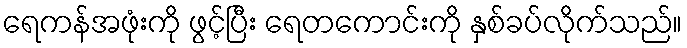
ရေကန်အဖုံးကို ဖွင့်ပြီး ရေတကောင်းကို နှစ်ခပ်လိုက်သည်။